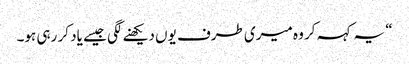
“ یہ کہہ کر وہ میری طرف یوں دیکھنے لگی جیسے یاد کر رہی ہو۔